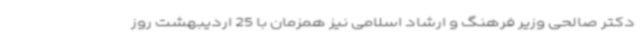
دکتر صالحی وزیر فرهنگ و ارشاد اسلامی نیز همزمان با 25 اردیبهشت روز